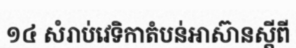
១៤ សំរាប់វេទិកាតំបន់អាស៊ានស្តីពី